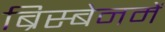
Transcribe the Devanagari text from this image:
ब्रिस्बेनमें